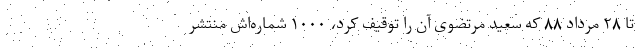
تا ۲۸ مرداد ۸۸ که سعید مرتضوی آن را توقیف کرد، ۱۰۰۰ شماره‌اش منتشر